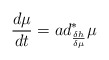
\begin{align*}\frac{d\mu }{dt}=ad_{\frac{\delta h}{\delta \mu }}^{\ast }\mu \end{align*}